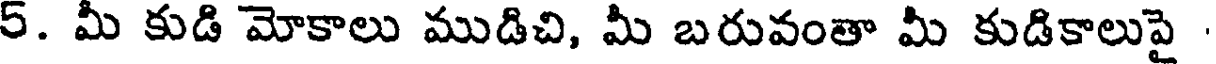
5. మీ కుడి మోకాలు ముడిచి, మీ బరువంతా మీ కుడికాలుపై